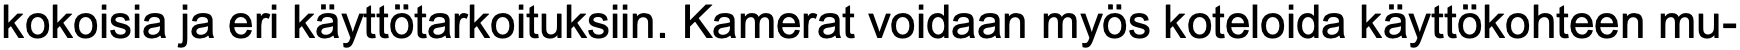
kokoisia ja eri käyttötarkoituksiin. Kamerat voidaan myös koteloida käyttökohteen mu-